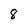
Character: 8